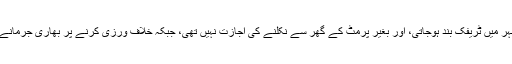
رات 8 کے بعد شہر میں ٹریفک بند ہوجاتی، اور بغیر پرمٹ کے گھر سے نکلنے کی اجازت نہیں تھی، جبکہ خلاف ورزی کرنے پر بھاری جرمانے عائد کیے جاتے۔